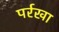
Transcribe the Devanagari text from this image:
पर्रखा